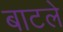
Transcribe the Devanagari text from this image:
बाटले